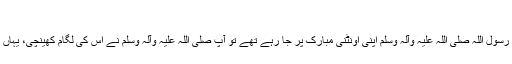
‘‘
’’امام ابن سیرین فرماتے ہیں : مجھے بتایا گیا کہ جب رسول اللہ صلی اللہ علیہ وآلہ وسلم اپنی اونٹنی مبارک پر جا رہے تھے تو آپ صلی اللہ علیہ وآلہ وسلم نے اس کی لگام کھینچی، یہاں تک کہ اس نے اپنا سر زمین پر رکھ دیا اور بیٹھ گئی۔